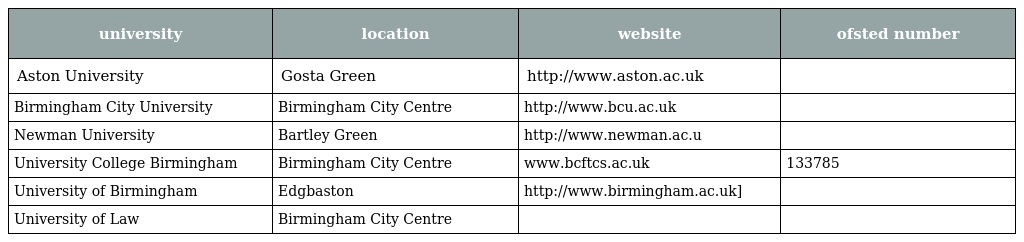
| university | location | website | ofsted number |
 | --- | --- | --- | --- |
 | Aston University | Gosta Green | http://www.aston.ac.uk |  |
 | Birmingham City University | Birmingham City Centre | http://www.bcu.ac.uk |  |
 | Newman University | Bartley Green | http://www.newman.ac.u |  |
 | University College Birmingham | Birmingham City Centre | www.bcftcs.ac.uk | 133785 |
 | University of Birmingham | Edgbaston | http://www.birmingham.ac.uk] |  |
 | University of Law | Birmingham City Centre |  |  |